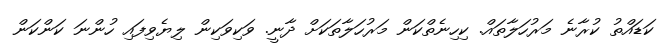
ކަޑައްތު ކުރާނެ މަރުހަލާތައް. ކިހިނެތްކަން މަރުހަލާތަކަށް ދާނީ. ވަކިވަކިން ލިޔެވިފައި ހުންނަ ކަންކަން